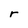
Character: r